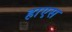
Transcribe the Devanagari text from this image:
हाएस